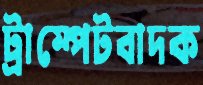
ট্রাম্পেটবাদক